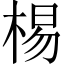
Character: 𣓾